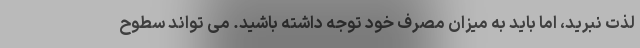
لذت نبرید، اما باید به میزان مصرف خود توجه داشته باشید. می تواند سطوح